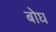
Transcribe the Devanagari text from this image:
बोघ